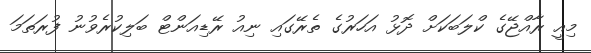
މިއީ ރާއްޖޭގެ ކްލަބަކަށް ދޮޅު އަހަރުގެ ތެރޭގައި ނިއު ރޭޑިއަންޓް ބަލިކުރެވުނު ފުރަތަމަ